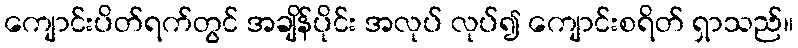
ကျောင်းပိတ်ရက်တွင် အချိန်ပိုင်း အလုပ် လုပ်၍ ကျောင်းစရိတ် ရှာသည်။